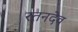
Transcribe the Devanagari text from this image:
रतनदेव